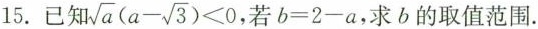
15.已知 $$\sqrt{a}(a- \sqrt{3})<0$$ ,若$$b=2-a$$，求b的取值范围.